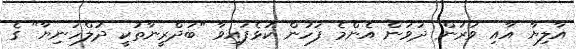
އާލިޔާ އާއި ވަރުން ދަވަން އެންމެ ފަހުން ކުޅެފައިވާ "ބަދްރީނާތުކީ ދުލްހަނިޔާ" ގެ